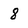
Character: 8